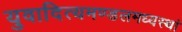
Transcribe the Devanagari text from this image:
युवादित्यमण्डलमध्यस्थां